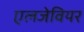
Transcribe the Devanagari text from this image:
एलजेवियर